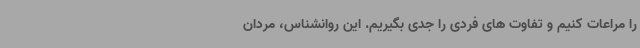
را مراعات کنیم و تفاوت های فردی را جدی بگیریم. این روانشناس، مردان